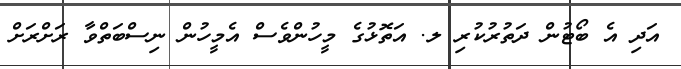
އަދި އެ ބޯޓުން ދަތުރުކުރި ލ. އަތޮޅުގެ މީހުންވެސް އެމީހުން ނިސްބަތްވާ ރަށްރަށް